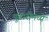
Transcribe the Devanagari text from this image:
पुढारीमध्ये